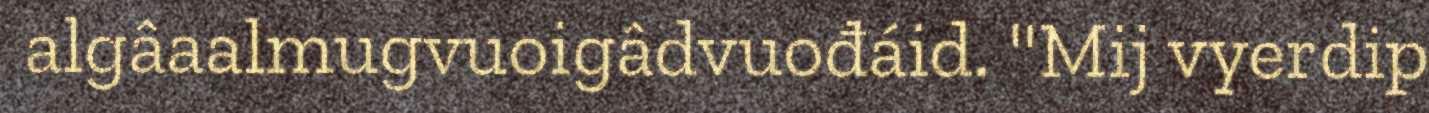
algâaalmugvuoigâdvuođáid. "Mij vyerdip